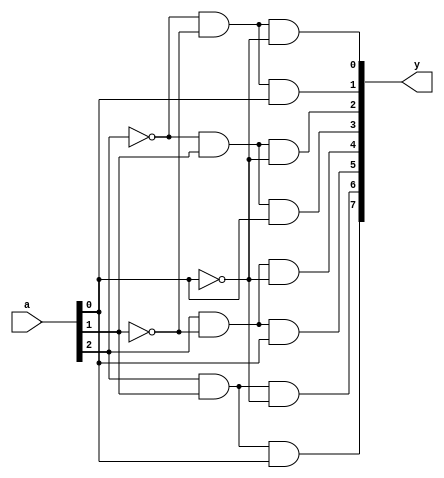
`timescale 1ns / 1ps
//////////////////////////////////////////////////////////////////////////////////
// Company: 
// Engineer: 
// 
// Design Name: 
// Module Name:    Decoder_3to8 
// Project Name: 
// Target Devices: 
// Tool versions: 
// Description: 
//
// Dependencies: 
//
// Revision: 
// Revision 0.01 - File Created
// Additional Comments: 
//
//////////////////////////////////////////////////////////////////////////////////
module Decoder_3to8(a,y);
	input [2:0]a;
	output [7:0]y;
	reg [7:0]y;
always@(a)
	begin
		y[0]=(~a[2])&(~a[1])&(~a[0]);
		y[1]=(~a[2])&(~a[1])&(a[0]);
		y[2]=(~a[2])&(a[1])&(~a[0]);
		y[3]=(~a[2])&(a[1])&(a[0]);
		y[4]=(a[2])&(~a[1])&(~a[0]);
		y[5]=(a[2])&(~a[1])&(a[0]);
		y[6]=(a[2])&(a[1])&(~a[0]);
		y[7]=(a[2])&(a[1])&(a[0]);
	end
endmodule